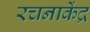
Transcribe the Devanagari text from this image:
रचनाकेंद्र